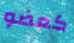
كعضو